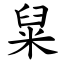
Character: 䊆